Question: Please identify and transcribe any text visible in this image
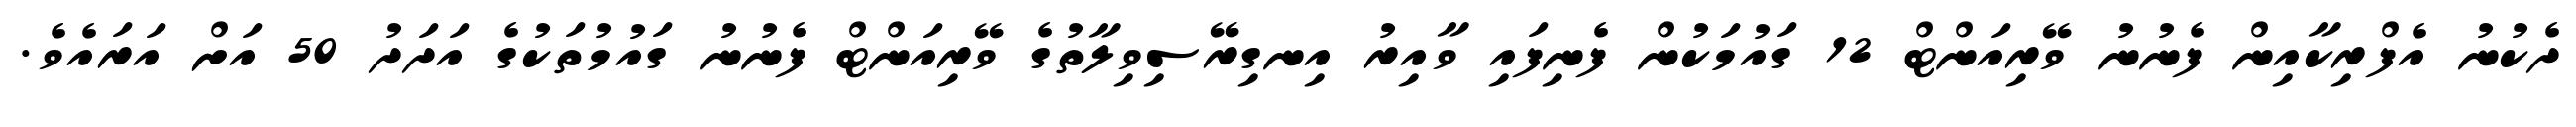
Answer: ދެކުނު އެފްރިކާއިން ފެނުނު ވޭރިއަންޓް 12 ގައުމަކުން ފެނިފައި ވާއިރު އިނގިރޭސިވިލާތުގެ ވޭރިއަންޓް ފެނުނު ގައުމުތަކުގެ އަދަދު 50 އަށް އަރައެވެ.